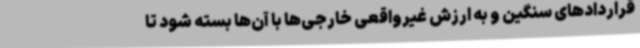
قراردادهای سنگین و به ارزش غیرواقعی خارجی‌ها با آن‌ها بسته شود تا